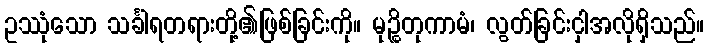
ဥဿုံသော သင်္ခါရတရားတို့၏ဖြစ်ခြင်းကို။ မုဉ္စိတုကာမံ၊ လွတ်ခြင်းငှါအလိုရှိသည်။